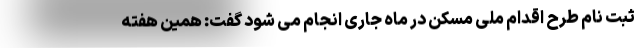
ثبت نام طرح اقدام ملی مسکن در ماه جاری انجام می شود گفت: همین هفته